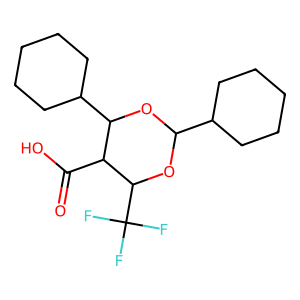
SMILES: O=C(O)C1C(C2CCCCC2)OC(C2CCCCC2)OC1C(F)(F)F
Inhibits HIV replication: No